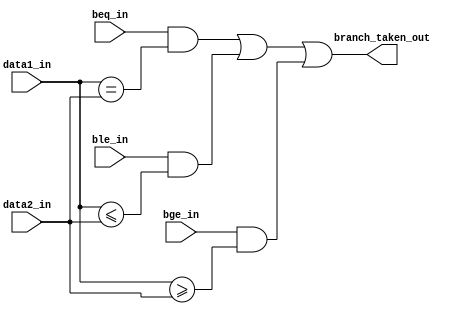
module branch (
input        beq_in,
input        bge_in,
input        ble_in,
input [7:0] data1_in,
input [7:0] data2_in,

output  branch_taken_out)
;

wire int1, int2, int3;

assign int1 = beq_in && (data1_in == data2_in);
assign int2 = ble_in && (data1_in <= data2_in);
assign int3 = bge_in && (data1_in >= data2_in);
assign branch_taken_out = (int1 | int2 | int3);

endmodule // branch_comparator